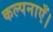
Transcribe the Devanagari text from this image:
कल्पनाएँ।